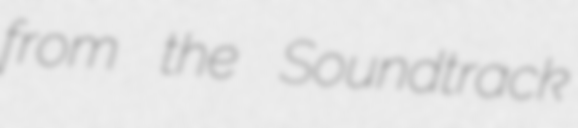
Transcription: from the Soundtrack